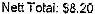
NETT TOTAL: $8.20